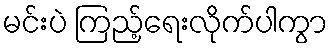
မင်းပဲ ကြည့်ရေးလိုက်ပါကွာ